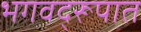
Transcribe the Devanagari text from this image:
भगवद्‌रूपात